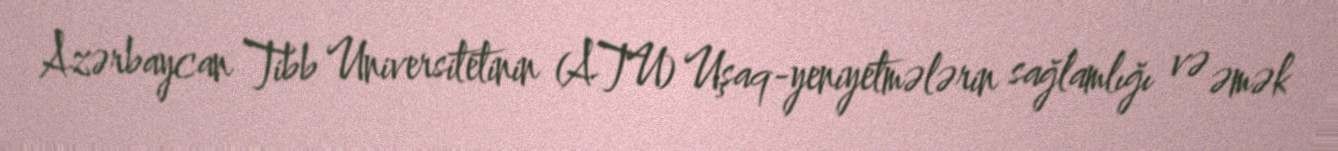
Azərbaycan Tibb Universitetinin (ATU) Uşaq-yeniyetmələrin sağlamlığı və əmək